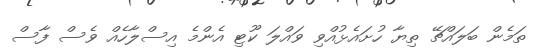
ތަމެން ބަލައްޗޭ ތިޔާ ހުށައެޅުއްވި ވައްލަ ކޫޓި އެންމެ އިސްލާހެއް ވެސް ފާސް